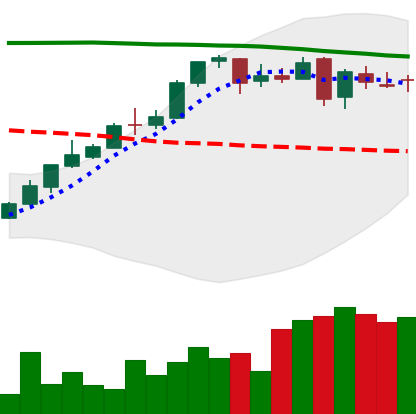
Ticker: DOGE-USD
Chart end date: 2018-04-29
Forward return: -3.48%
Label: down_3_5